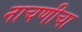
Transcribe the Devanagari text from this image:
नाचणीचा